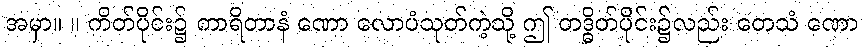
အမှာ။ ။ ကိတ်ပိုင်း၌ ကာရိတာနံ ဏော လောပံသုတ်ကဲ့သို့ ဤ တဒ္ဓိတ်ပိုင်း၌လည်း တေသံ ဏော